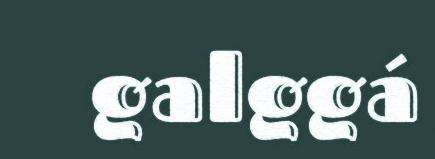
galggá